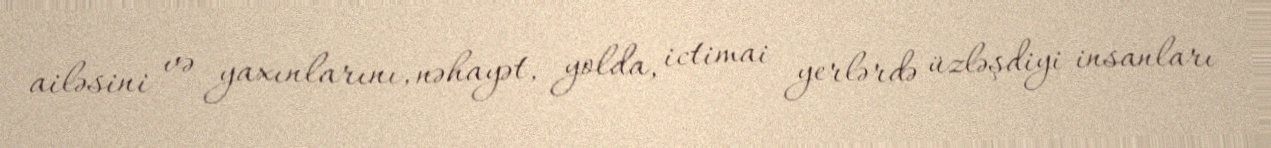
ailəsini və yaxınlarını, nəhayət, yolda, ictimai yerlərdə üzləşdiyi insanları